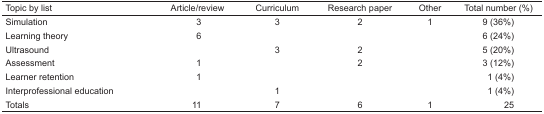
| Topic by list | Article/review | Curriculum | Research paper | Other | Total number (%) |
 | --- | --- | --- | --- | --- | --- |
 | Simulation | 3 | 3 | 2 | 1 | 9 (36%) |
 | Learning theory | 6 |  |  |  | 6 (24%) |
 | Ultrasound |  | 3 | 2 |  | 5 (20%) |
 | Assessment | 1 |  | 2 |  | 3 (12%) |
 | Learner retention | 1 |  |  |  | 1 (4%) |
 | Interprofessional education |  | 1 |  |  | 1 (4%) |
 | Totals | 11 | 7 | 6 | 1 | 25 |